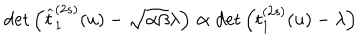
\det \left( \widehat { t } _ { 1 } ^ { ( 2 s ) } ( u ) - \sqrt { \alpha \beta } \lambda \right) \propto \det \left( t _ { 1 } ^ { ( 2 s ) } ( u ) - \lambda \right)